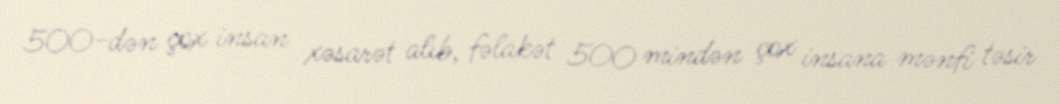
500-dən çox insan xəsarət alıb, fəlakət 500 mindən çox insana mənfi təsir